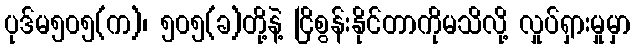
ပုဒ်မ၅၀၅(က)၊ ၅၀၅(ခ)တို့နဲ့ ငြိစွန်းနိုင်တာကိုမသိလို့ လှုပ်ရှားမှုမှာ